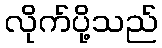
လိုက်ပို့သည်